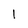
Character: 1